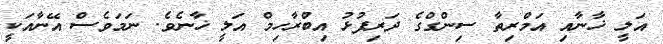
އަލީ ޚާނާއި އަމްރިތާ ސިންގްގެ ދަރިފުޅު އިބްރާހިމް އަލީ ޚާނެވެ. ނަމަވެސް އޭނާއަކީ